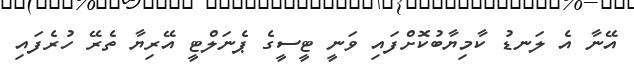
އޭނާ އެ ލަނޑު ކާމިޔާބުކޮށްފައި ވަނީ ޓީސީގެ ޕެނަލްޓީ އޭރިޔާ ތެރޭ ހުރެފައި